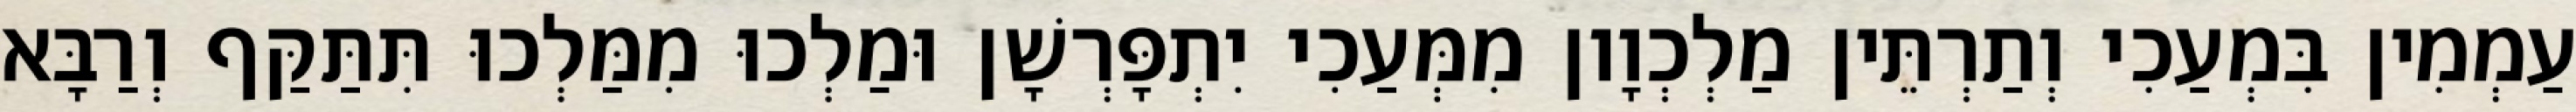
עַמְמִין בִּמְעַכִי וְתַרְתֵּין מַלְכְוָון מִמְּעַכִי יִתְפָּרְשָׁן וּמַלְכוּ מִמַּלְכוּ תִּתַּקַּף וְרַבָּא